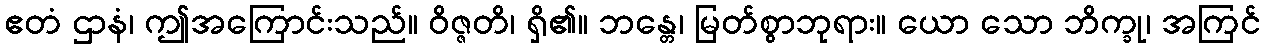
ဧတံ ဌာနံ၊ ဤအကြောင်းသည်။ ဝိဇ္ဇတိ၊ ရှိ၏။ ဘန္တေ၊ မြတ်စွာဘုရား။ ယော သော ဘိက္ခု၊ အကြင်